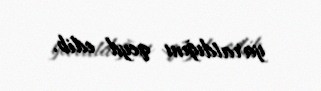
yaratdığını qeyd edib.